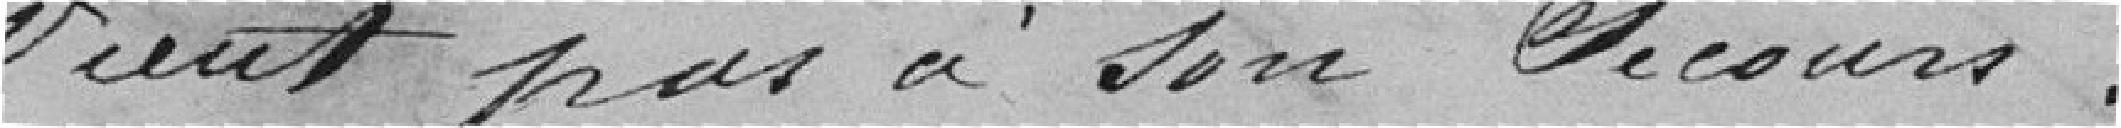
vient pas à son secours.